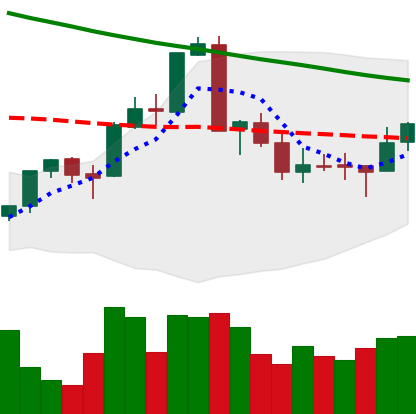
Ticker: XMR-USD
Chart end date: 2018-09-14
Forward return: -6.372%
Label: down_5_7